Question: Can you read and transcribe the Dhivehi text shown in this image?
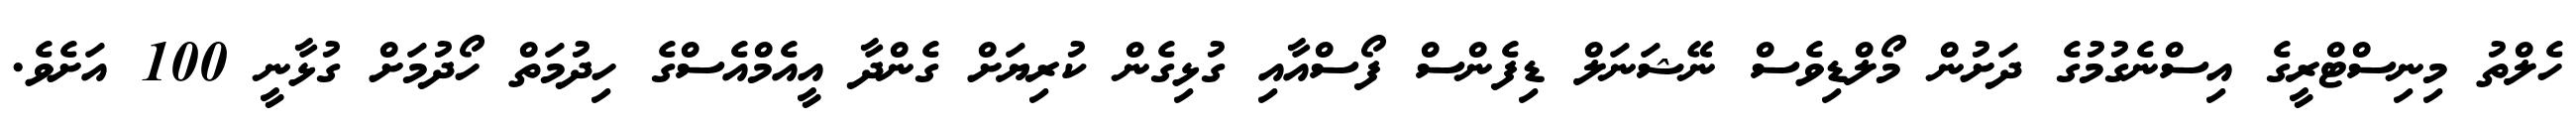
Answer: ހެލްތު މިނިސްޓްރީގެ އިސްނެގުމުގެ ދަށުން މޯލްޑިވެސް ނޭޝަނަލް ޑިފެންސް ފޯސްއާއި ގުޅިގެން ކުރިޔަށް ގެންދާ އީއެމްއެސްގެ ހިދުމަތް ހޯދުމަށް ގުޅާނީ 100 އަށެވެ.